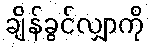
ချိန်ခွင်လျှာကို